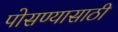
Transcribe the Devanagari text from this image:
पोसण्यासाठी